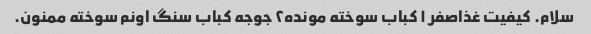
سلام. کیفیت غذاصفر ۱ کباب سوخته مونده۲ جوجه کباب سنگ اونم سوخته ممنون.